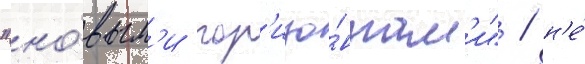
"но́вым'и гор'изо́нтам'и" / н'е́